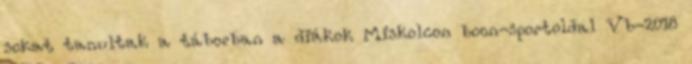
sokat tanultak a táborban a diákok Miskolcon boon-sportoldal Vb-2018